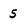
Character: 5